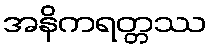
အနိကရတ္တဿ